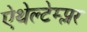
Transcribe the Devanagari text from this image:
ऐथेल्टेम्प्लर